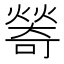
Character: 𤏃